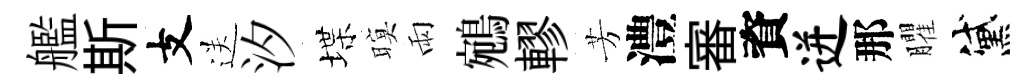
艦斯支送汐堞暝雨鵷轇芳澧審資迸那臞黛